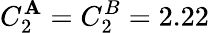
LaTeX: C_{2}^{\mathbf{A}}=C_{2}^{B}=2.22